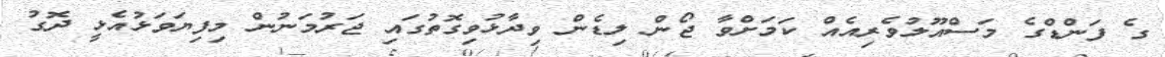
ގެ ފަންޑްގެ މަސްއޫލުވެރިއެއް ކަމަށްވާ ޖޯން ލިޑެން ވިދާޅުވިގޮތުގައި ޖަރުމަނުން މިފިޔަވަޅުއެޅީ ދޮގު